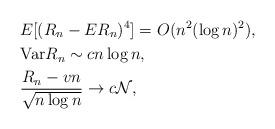
LaTeX: \begin{align*}&E[(R_n-ER_n)^4]=O(n^2(\log n)^2),\\&\mathrm{Var} R_n \sim cn \log n,\\&\frac{R_n-vn}{\sqrt{n\log n}} \to c{\cal N}, \end{align*}